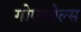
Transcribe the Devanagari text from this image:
गोएब्बेल्स